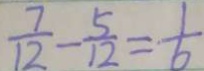
\frac { 7 } { 1 2 } - \frac { 5 } { 1 2 } = \frac { 1 } { 6 }